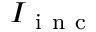
I _ { \mathrm { ~ i ~ n ~ c ~ } }